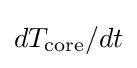
dT_{\text{core}}/dt